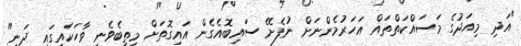
"އަދި މިއަދުގެ މަސައްކަތްތައް އަހަރުމެންނަށް ނުފެށޭ ސައިބޮއެގެން އައިގޮތަށް މިތިބެވެނީ ވާހަކައިގައި ދަނީ"